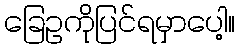
ခြေဥကိုပြင်ရမှာပေါ့။